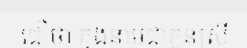
ជឿថា ក្នុងនាមជាកូនស្រី